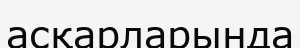
асқарларында